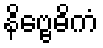
နိဗ္ဗေဓိကံ